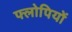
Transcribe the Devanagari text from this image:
फ्लोपियों